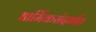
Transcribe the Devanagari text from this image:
धार्मिकसंदर्भात